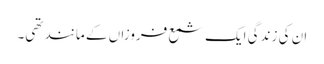
ان کی زندگی ایک شمع فروزاں کے مانند تھی۔